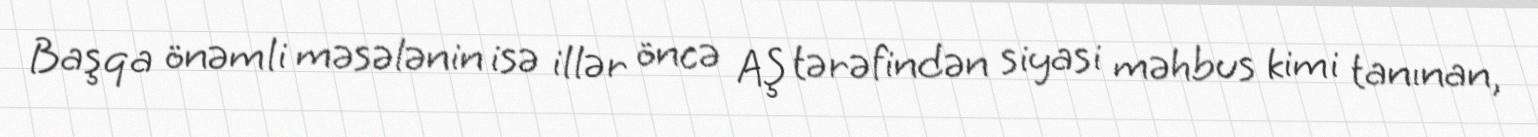
Başqa önəmli məsələnin isə illər öncə AŞ tərəfindən siyasi məhbus kimi tanınan,